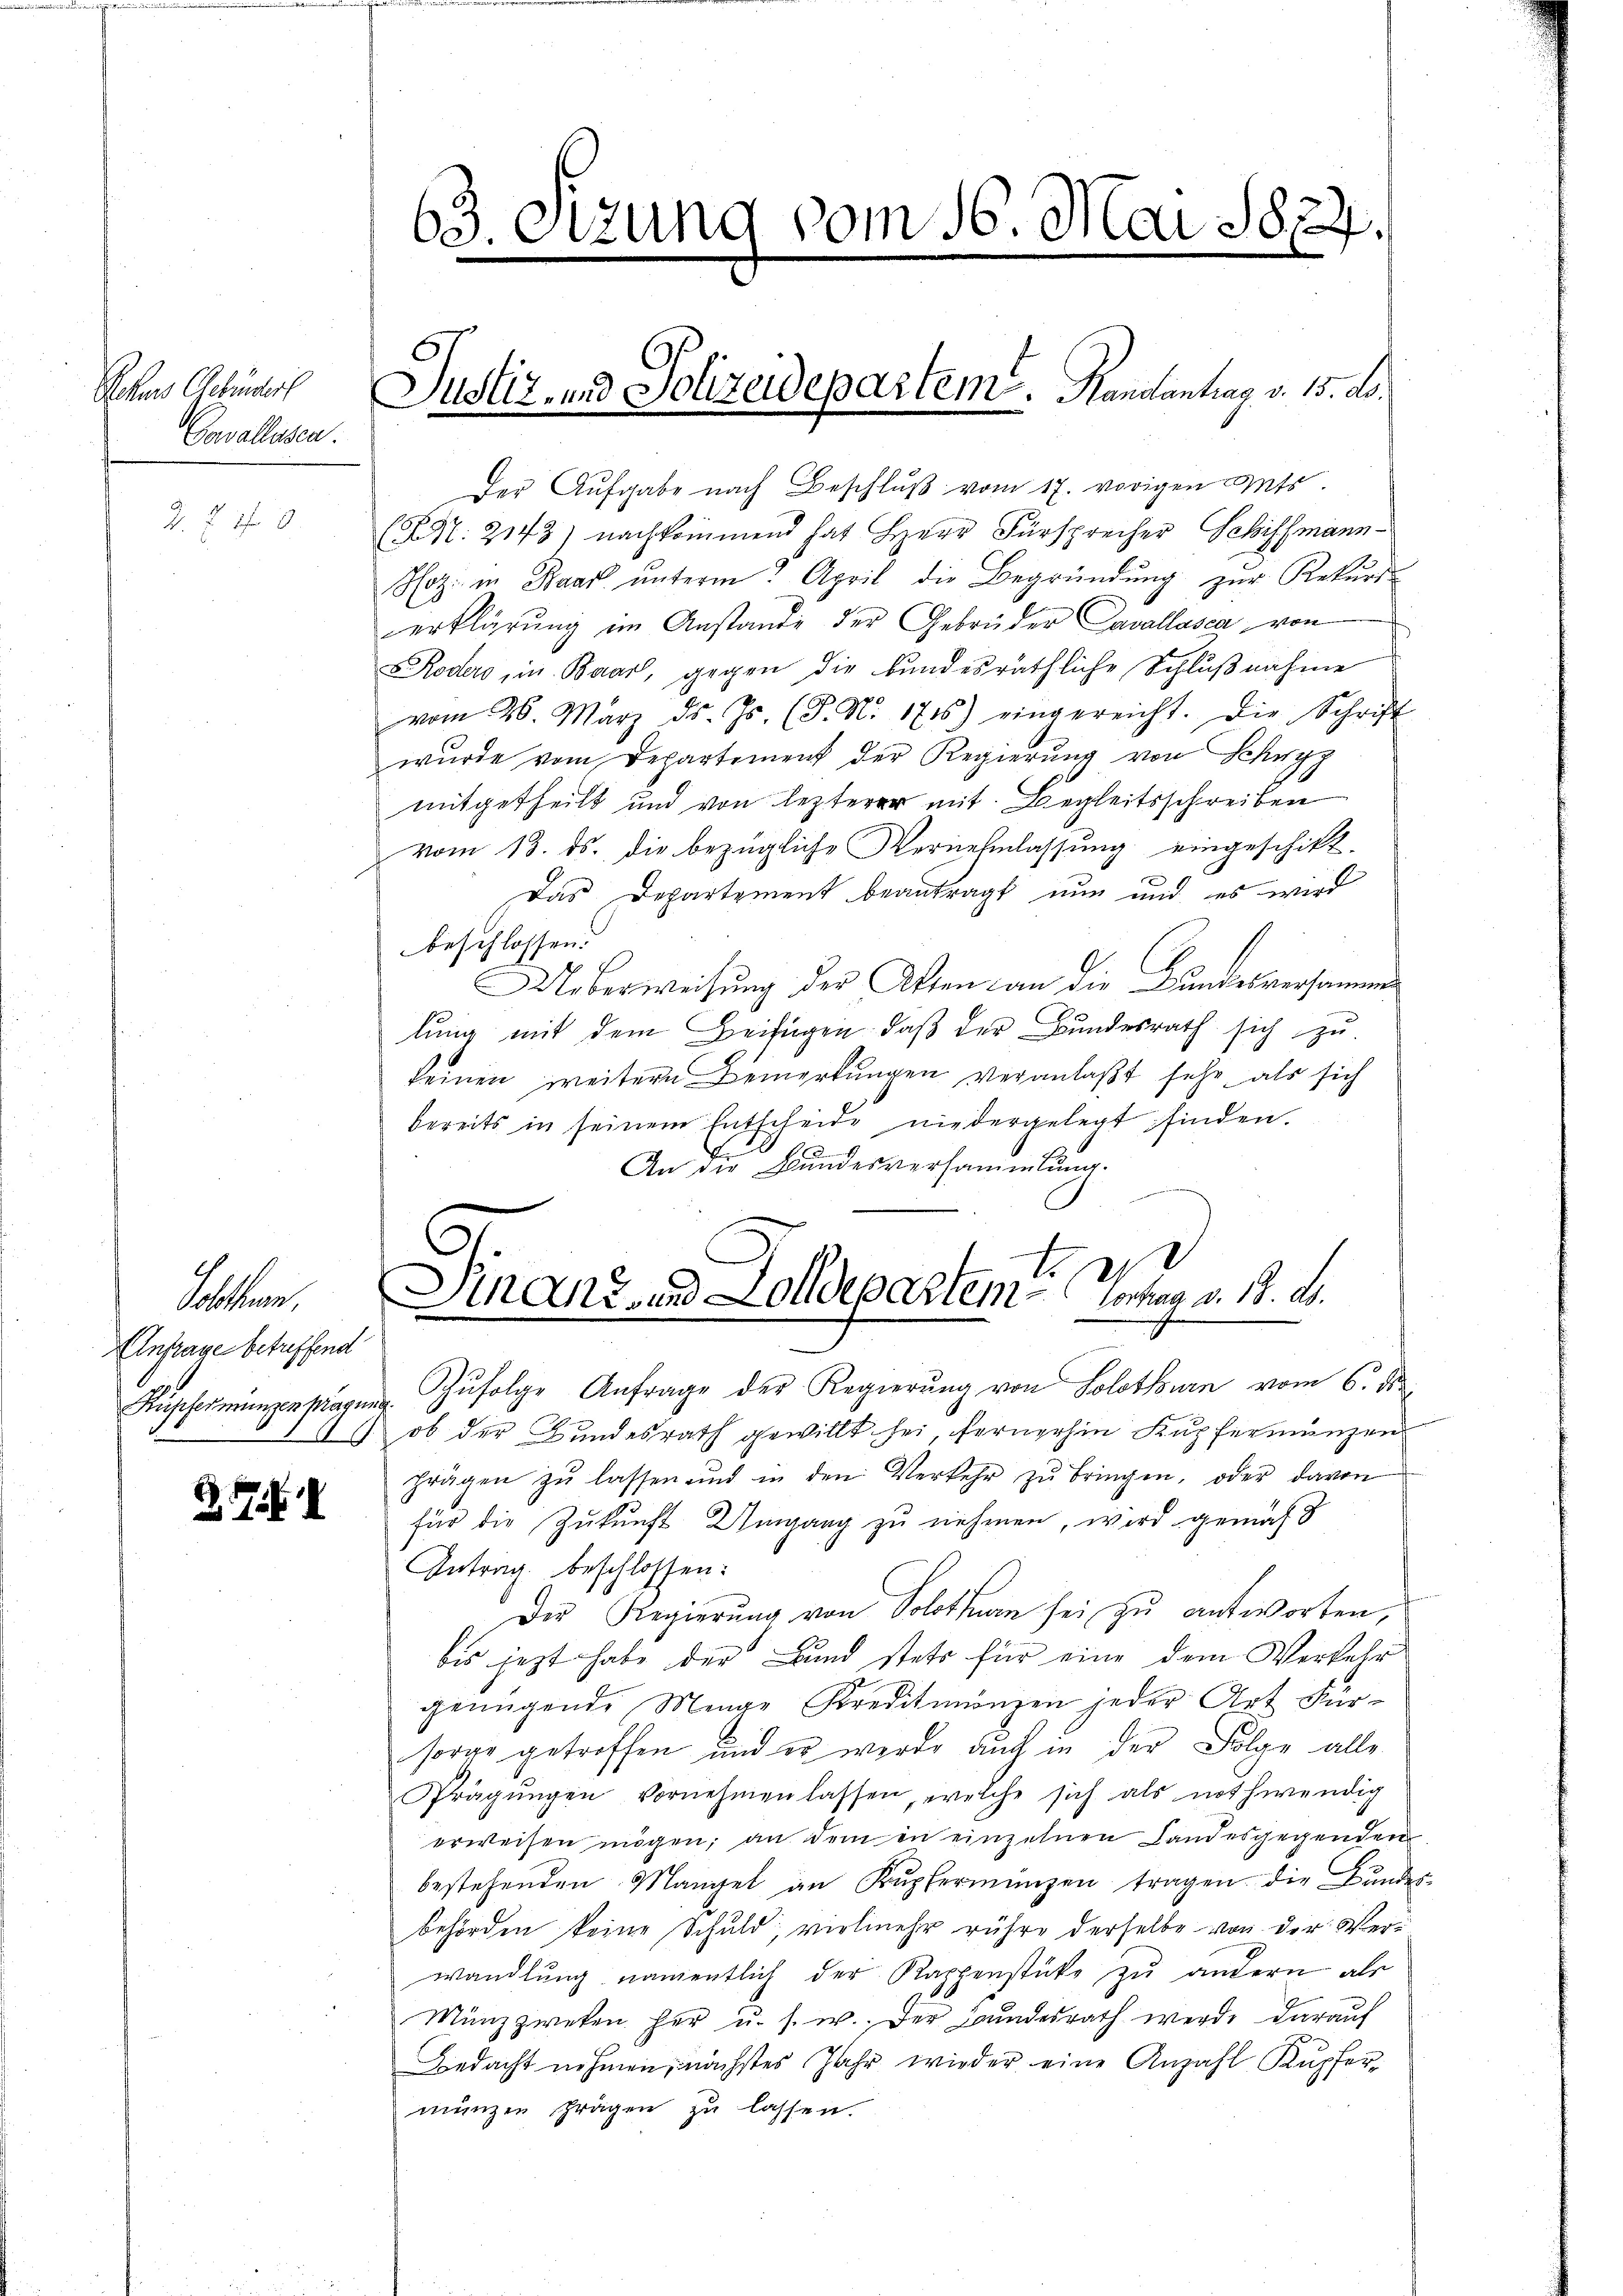
Rekurs Gebrüder
Gawallassen.

Z. Z. 470.

Der Aufgabe nach Beschlŭβ vom 17. vorigen Guts.
XX. 2143) nachkommend hat Herr Fürsprecher Schiffmann-
Hotz in Baar ŭnterm April die Begründŭng zŭr Rekurs-
erklärung im Anstande der Gebrüder Cavallasca von
Koder in Baar, gegen die bundesräthliche Schlußnahme
vom 26. März d. Js. (T. N. 1716) eingereicht. Die Schrift
wurde vom Departement der Regierung von Schwyz
mitgetheilt und von lezterer mit Begleitsschreiben
vom 13. ds. die bezügliche Vernehmlassung eingeschikt.
Das Departement beantragt nun und es wird
beschlossen.
Ueberweisung der Akten an die Bundesversammen
lung mit dem Beifügen, daß der Bundesrath sich zu
keinen weitere Bemerkungen veranlaßt sehe, als sich
bereits in seinem Entscheide niedergelegt finden.
An die Bundesversammlung.
2
manz, und Zolldepartem vortrag v. 18. Ab.
u
Zŭfolge Anfrage der Regierŭng von Solothurn vom 6. ds.
2) ob der Bundesrath gewillt sei, fernerhin Kupfermanzen
prägen zŭ lassen und in den Verkehr zŭ bringen, oder davon
für die Zukunft Umgang zu nehmen, wird gemacht
Antrag beschlossen:
Der Regierŭng von Solothurn sei zu antworten,
bis jetzt habe der Bund stets für eine dem Verkehr
genügende Menge Kreditionen jeder Art Für-
sorge getroffen, und es werde auch in der Folge alle
Prägŭngen vornehmen lassen, welche sich als nothwendig
erweisen mögen, an dem in einzelnen Landesgegenden
bestehenden Mangel an Kupfermanzen tragen, die Bundesbehörden keine Schuld, vielmehr rühre derselbe von der Verwandlung namentlich der Kappenstüke zu andern als
Münzzweten her u. s. w. Der Bundesrath werde darauf
Bedacht nehmen, nächstes Jahr wieder eine Anzahl Kupfer-
münzen fragen zu lassen.

Sollten,
Anfrage betreffend
Kupfernungen stragung.

§. 7.

63. Sezung vom 16. Mai 1874.

Justiz- und Polizeidepartem. Handantrag v. 15. ds.